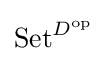
\mathrm {Set} ^{D^{\mathrm {op} }}